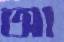
আ